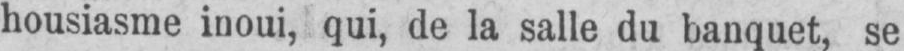
housiasme inoui, qui, de la salle du banquet, se